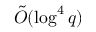
{ \tilde { O } } ( \log ^ { 4 } q )